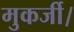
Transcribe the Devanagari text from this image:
मुकर्जी।